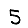
Digit: 5